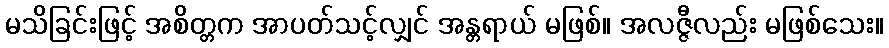
မသိခြင်းဖြင့် အစိတ္တက အာပတ်သင့်လျှင် အန္တရာယ် မဖြစ်။ အလဇ္ဇီလည်း မဖြစ်သေး။